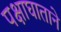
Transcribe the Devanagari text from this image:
पक्षाघाताने